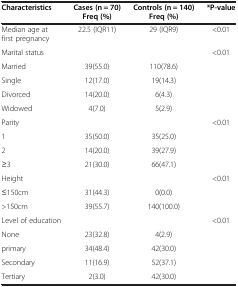
| Characteristics | Cases (n = 70) Freq (%) | Controls (n = 140) Freq (%) | *P-value |
 | --- | --- | --- | --- |
 | Median age at first pregnancy | 22.5 (IQR11) | 29 (IQR9) | <0.01 |
 | Marital status |  |  | <0.01 |
 | Married | 39(55.0) | 110(78.6) |  |
 | Single | 12(17.0) | 19(14.3) |  |
 | Divorced | 14(20.0) | 6(4.3) |  |
 | Widowed | 4(7.0) | 5(2.9) |  |
 | Parity |  |  | <0.01 |
 | 1 | 35(50.0) | 35(25.0) |  |
 | 2 | 14(20.0) | 39(27.9) |  |
 | ≥3 | 21(30.0) | 66(47.1) |  |
 | Height |  |  | <0.01 |
 | ≤150cm | 31(44.3) | 0(0.0) |  |
 | >150cm | 39(55.7) | 140(100.0) |  |
 | Level of education |  |  | <0.01 |
 | None | 23(32.8) | 4(2.9) |  |
 | primary | 34(48.4) | 42(30.0) |  |
 | Secondary | 11(16.9) | 52(37.1) |  |
 | Tertiary | 2(3.0) | 42(30.0) |  |